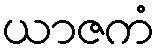
ယာဇကံ